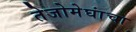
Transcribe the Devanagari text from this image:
तेजोमेघांचा